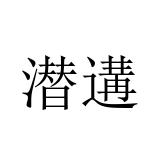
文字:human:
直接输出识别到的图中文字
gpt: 潜遘